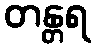
တန္တရ